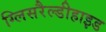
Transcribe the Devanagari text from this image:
ग्लिसरैल्डीहाइड